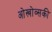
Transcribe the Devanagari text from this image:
ओस्त्रोव्सकी